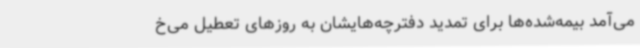
می‌آمد بیمه‌شده‌ها برای تمدید دفترچه‌هایشان به ‌روزهای تعطیل می‌خ